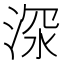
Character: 𱦴